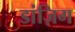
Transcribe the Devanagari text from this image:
डांज़िग